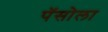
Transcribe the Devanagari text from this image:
पॅसोला